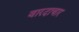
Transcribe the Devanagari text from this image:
वारदाचार